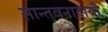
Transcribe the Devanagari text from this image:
सान्तवनादायी